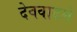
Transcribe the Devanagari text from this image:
देववादमे